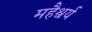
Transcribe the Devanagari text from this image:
महैश्वर्य